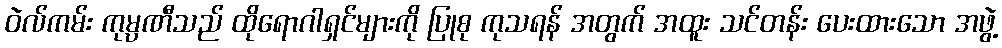
ဝဲလ်ကမ်း ကုမ္ပဏီသည် ထိုရောဂါရှင်များကို ပြုစု ကုသရန် အတွက် အထူး သင်တန်း ပေးထားသော အဖွဲ့